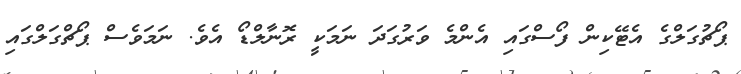
ޕޯޗުގަލްގެ އެޓޭކިން ފޯސްގައި އެންމެ ވަރުގަދަ ނަމަކީ ރޮނާލްޑޯ އެވެ. ނަމަވެސް ޕޯޗްގަލްގައި